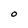
Character: O